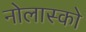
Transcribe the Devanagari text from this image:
नोलास्को